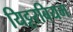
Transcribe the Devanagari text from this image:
यिट्टरबियम